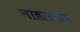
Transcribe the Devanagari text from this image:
नाझरकर